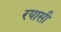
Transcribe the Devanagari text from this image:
रयासी